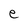
Character: e